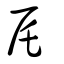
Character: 厇